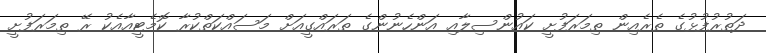
ދަތުރުފުޅުގެ ތެރެއިން ތިމަރަފުށީ ކައުންސިލާއި އަންހެނުންގެ ތަރައްގީއަށް މަސައްކަތްކުރާ ކޮމެޓީއާއެކު ރޭ ތިމަރަފުށީ